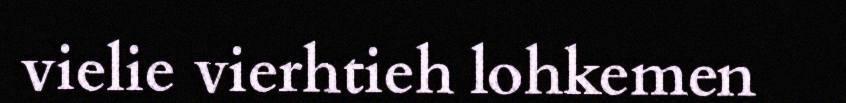
vielie vierhtieh lohkemen